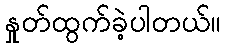
နှုတ်ထွက်ခဲ့ပါတယ်။